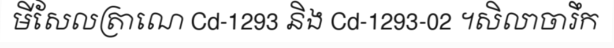
មីសែលត្រាណេ Cd-1293 និង Cd-1293-02 ។សិលាចារឹក